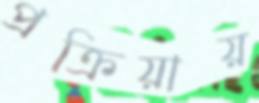
প্রক্রিয়ায়